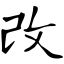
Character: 改